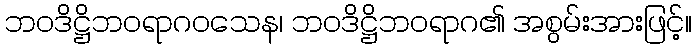
ဘဝဒိဋ္ဌိဘဝရာဂဝသေန၊ ဘဝဒိဋ္ဌိဘဝရာဂ၏ အစွမ်းအားဖြင့်။